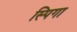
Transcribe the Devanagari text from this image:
स्पिगा